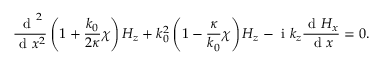
\frac { \mathrm { ~ d ~ } ^ { 2 } } { \mathrm { ~ d ~ } x ^ { 2 } } \left( 1 + \frac { k _ { 0 } } { 2 \kappa } \chi \right) H _ { z } + k _ { 0 } ^ { 2 } \left( 1 - \frac { \kappa } { k _ { 0 } } \chi \right) H _ { z } - \mathrm { ~ i ~ } k _ { z } \frac { \mathrm { ~ d ~ } H _ { x } } { \mathrm { ~ d ~ } x } = 0 .